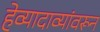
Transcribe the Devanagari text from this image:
हेव्यादाव्यांवरून